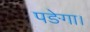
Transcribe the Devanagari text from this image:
पङेगा।